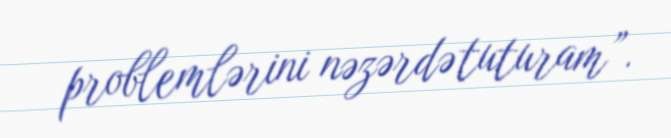
problemlərini nəzərdə tuturam”.